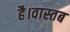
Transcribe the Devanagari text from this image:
है।वास्तब